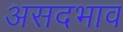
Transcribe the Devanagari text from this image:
असदभाव